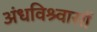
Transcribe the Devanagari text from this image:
अंधविश्र्वासों